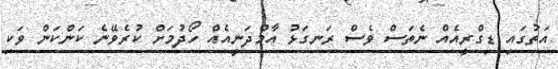
އަތުގައި ޑިގްރީއެއް ނެތަސް ވެސް ރަނގަޅު އާމްދަނީއެއް ހޯދުމަށް ކުރެވޭނެ ކަންކަން ވަކި